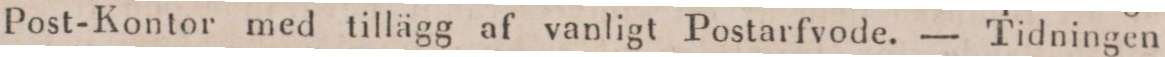
Post-Kontor med tillägg af vanligt Postarfvode. — Tidningen